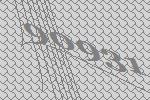
90931